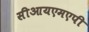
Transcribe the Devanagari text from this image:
सीआयएमएपी